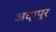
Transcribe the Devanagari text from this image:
अदापुर